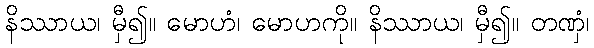
နိဿာယ၊ မှီ၍။ မောဟံ၊ မောဟကို။ နိဿာယ၊ မှီ၍။ တဏှံ၊